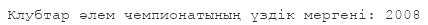
Клубтар әлем чемпионатының үздік мергені: 2008